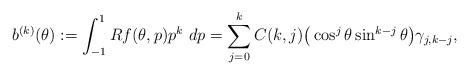
LaTeX: \begin{align*}b^{(k)}(\theta) := \int_{-1}^{1} Rf(\theta,p) p^k~dp =\sum_{j=0}^kC(k,j)\big(\cos^{j}{\theta}\sin^{k-j}{\theta}\big)\gamma_{j,k-j},\end{align*}